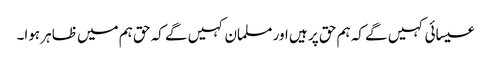
عیسائی کہیں گے کہ ہم حق پر ہیں اور مسلمان کہیں گے کہ حق ہم میں ظاہر ہوا۔